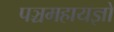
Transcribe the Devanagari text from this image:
पञ्चमहायज्ञों